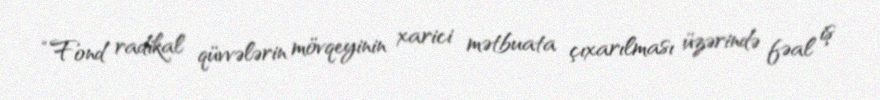
“Fond radikal qüvvələrin mövqeyinin xarici mətbuata çıxarılması üzərində fəal iş